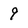
Character: 9